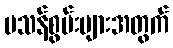
မသန်စွမ်းများအတွက်